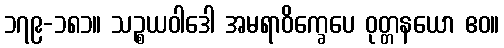
၁၇၉-၁၈၁။ သဉ္စယဝါဒေါ အမရာဝိက္ခေပေ ဝုတ္တနယော ဧဝ။